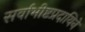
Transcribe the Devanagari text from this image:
सर्वाभीष्टप्रदायिने